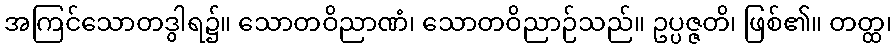
အကြင်သောတဒွါရ၌။ သောတဝိညာဏံ၊ သောတဝိညာဉ်သည်။ ဥပ္ပဇ္ဇတိ၊ ဖြစ်၏။ တတ္ထ၊